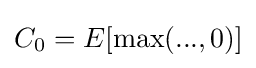
C_{0}=E[\max(...,0)]